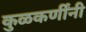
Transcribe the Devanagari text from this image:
कुळकर्णींनी